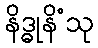
နိဒ္ဓုနိံသု